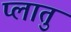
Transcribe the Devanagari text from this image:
प्लातु